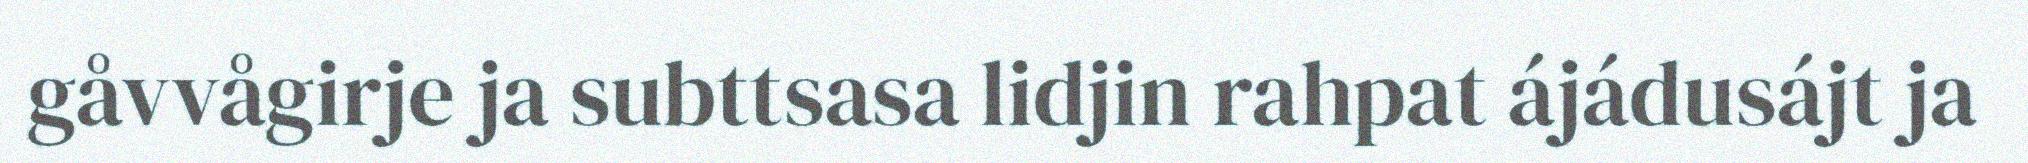
gåvvågirje ja subttsasa lidjin rahpat ájádusájt ja